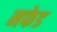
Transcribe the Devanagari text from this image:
नफेड